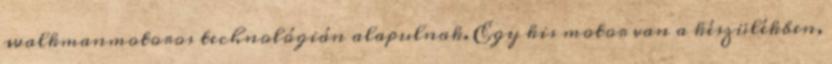
walkmanmotoros technológián alapulnak. Egy kis motor van a készülékben,